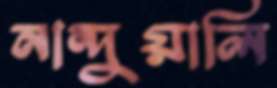
নান্দুয়ালি